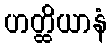
ဟတ္ထိယာနံ